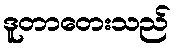
ဒူတာတေးသည်